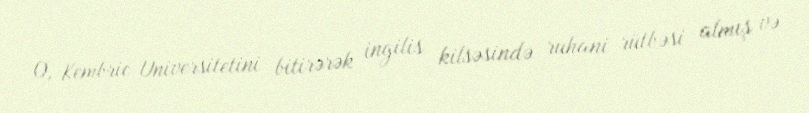
O, Kembric Universitetini bitirərək ingilis kilsəsində ruhani rütbəsi almış və